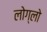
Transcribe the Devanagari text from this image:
लोग्लो